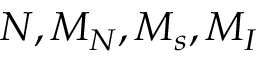
N , M _ { N } , M _ { s } , M _ { I }